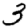
Digit: 3